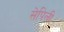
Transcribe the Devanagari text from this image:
सेपिली